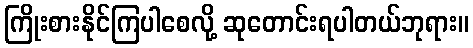
ကြိုးစားနိုင်ကြပါစေလို့ ဆုတောင်းရပါတယ်ဘုရား။